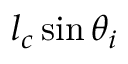
l _ { c } \sin \theta _ { i }